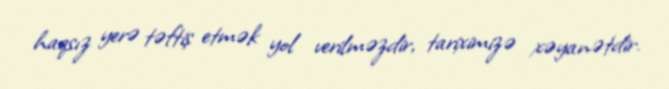
haqsız yerə təftiş etmək yol verilməzdir, tariximizə xəyanətdir.